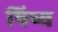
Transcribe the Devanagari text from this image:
षिष्य